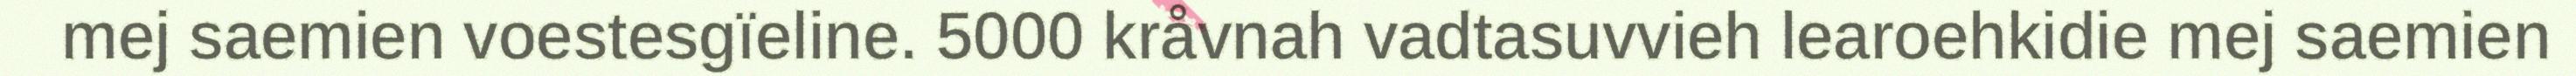
mej saemien voestesgïeline. 5000 kråvnah vadtasuvvieh learoehkidie mej saemien